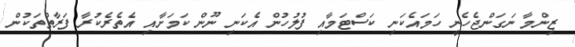
ޒިންމާ ނަގަންޖެހެނީ ހަމައެކަނި ކަސްޓަމާއި ފުލުހުން އެކަނި ނޫން ކަމަށާއި އެތެރެކުރާ ފަރާތްތަކުން